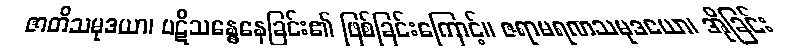
ဇာတိသမုဒယာ၊ ပဋိသန္ဓေနေခြင်း၏ ဖြစ်ခြင်းကြောင့်။ ဇရာမရဏသမုဒယော၊ အိုခြင်း